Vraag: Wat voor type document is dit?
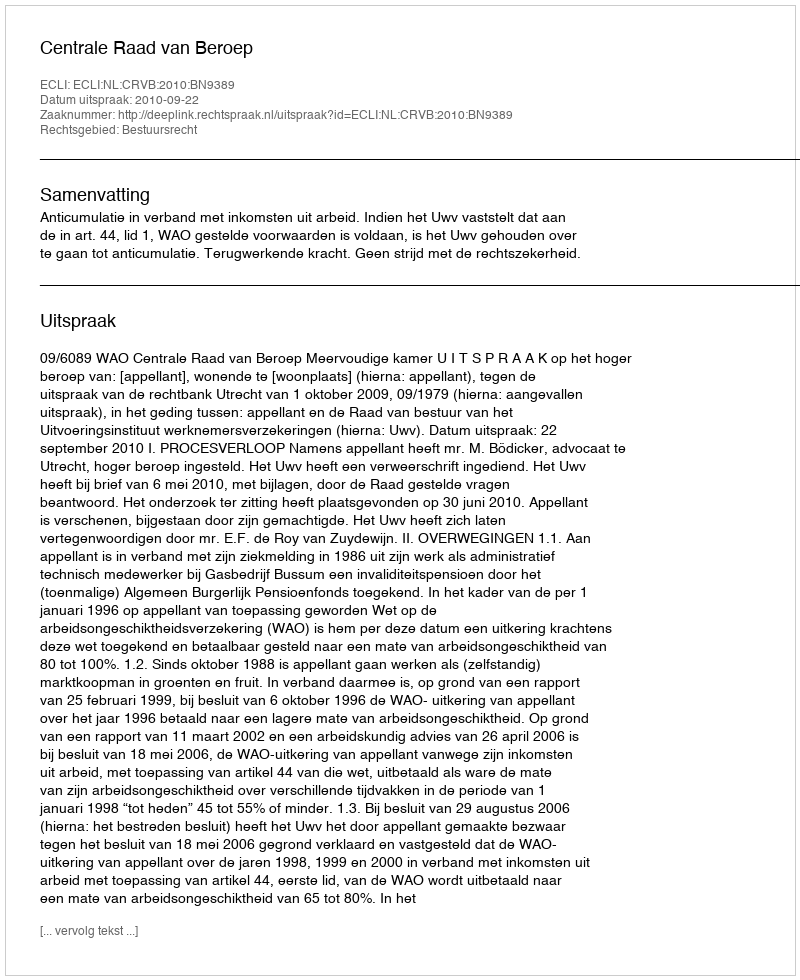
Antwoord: Uitspraak